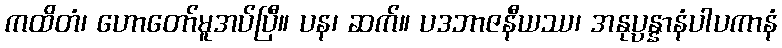
ကထိတံ၊ ဟောတော်မူအပ်ပြီ။ ပန၊ ဆက်။ ပဒဘာဇနီယဿ၊ အနုပ္ပန္နာနံပါပကာနံ